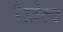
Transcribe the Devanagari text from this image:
रैंफ़ेल्ट